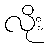
လိုး